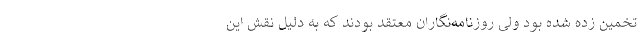
تخمین زده شده بود ولی روزنامه‌نگاران معتقد بودند که به دلیل نقش این